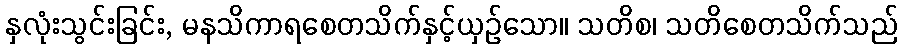
နှလုံးသွင်းခြင်း, မနသိကာရစေတသိက်နှင့်ယှဉ်သော။ သတိစ၊ သတိစေတသိက်သည်